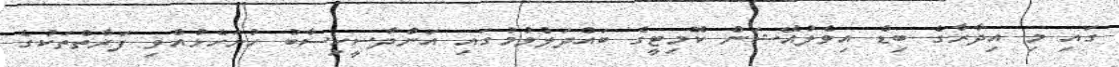
ގައި މި އިދާރާގެ ބިޑް އިވެލުއޭޝަން ކޮމިޓީގެ ބައްދަލުވުމުގައި އަންދާސީހިސާބު ހުށަހެޅުއްވި ފަރާތްތަކުގެ